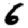
Digit: 6